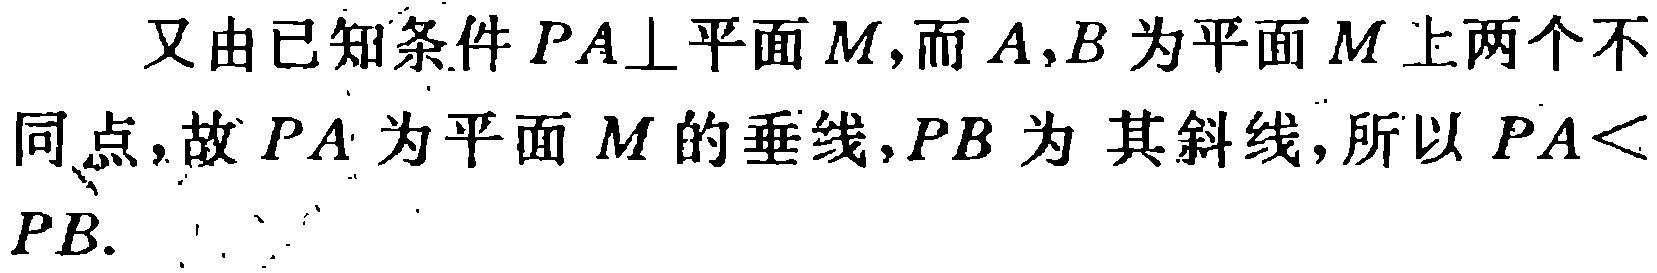
又由已知条件 \(PA\perp\)平面\(M\)，而\(A,B\)为平面\(M\)上两个不同点，故\(PA\)为平面\(M\)的垂线，\(PB\)为 其斜线，所以 \(PA<PB\).